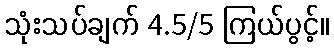
သုံးသပ်ချက် 4.5/5 ကြယ်ပွင့်။